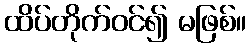
ထိပ်တိုက်ဝင်၍ မဖြစ်။